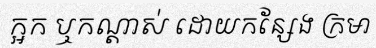
ក្អក ឬកណ្តាស់ ដោយកន្សែង ក្រមា